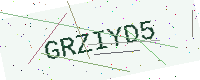
Text: GRZIYD5